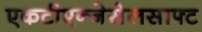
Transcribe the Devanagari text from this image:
एकटीएन्जेसेलसाफ्ट